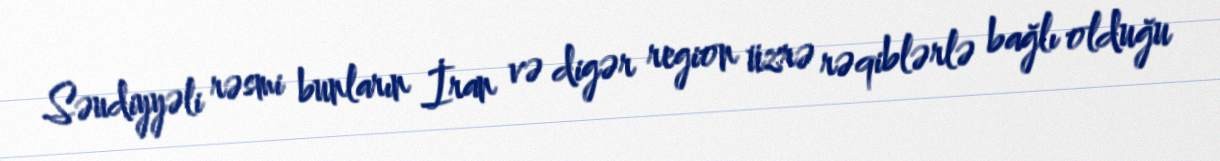
Səudiyyəli rəsmi bunların İran və digər region üzrə rəqiblərlə bağlı olduğu